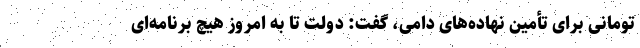
تومانی برای تأمین نهاده‌های دامی، گفت: دولت تا به امروز هیچ برنامه‌ای